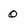
Character: 0